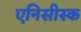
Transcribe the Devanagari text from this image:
एनिसीस्क